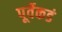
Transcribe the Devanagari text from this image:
पूर्वेकडं